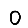
Digit: 0